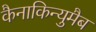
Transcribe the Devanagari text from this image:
कैनाकिन्युमैब